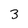
Character: 3